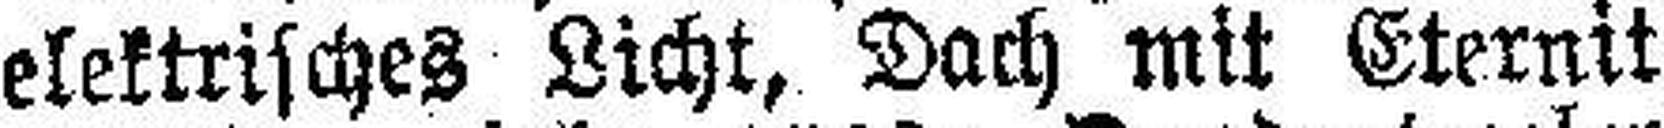
elektrisches Licht, Dach mit Eternit